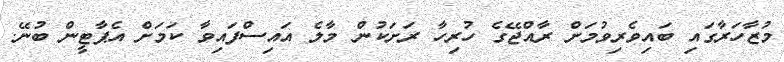
މުޒާހަރާގައި ބައިވެރިވުމަށް ރާއްޖޭގެ ހުރިހާ ރަށަކުން މާލެ އައިސްފައިވާ ކަމަށް އެޕާޓީން ބުނޭ.